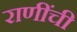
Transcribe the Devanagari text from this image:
राणींची